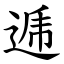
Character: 逓